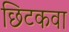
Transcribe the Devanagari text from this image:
छिटकवा